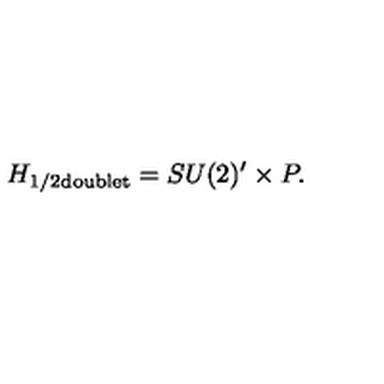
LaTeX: H _ { \mathrm { \tiny 1 / 2 d o u b l e t } } = S U ( 2 ) ^ { \prime } \times P .